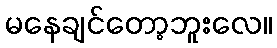
မနေချင်တော့ဘူးလေ။